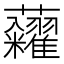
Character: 𧆀